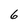
Character: 6